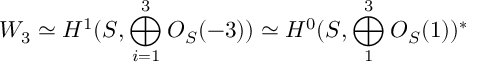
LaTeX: W _ { 3 } \simeq H ^ { 1 } ( { \cal S } , \bigoplus _ { i = 1 } ^ { 3 } { \cal O } _ { { \cal S } } ( - 3 ) ) \simeq H ^ { 0 } ( { \cal S } , \bigoplus _ { 1 } ^ { 3 } { \cal O } _ { { \cal S } } ( 1 ) ) ^ { * }